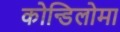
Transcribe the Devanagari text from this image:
कोन्डिलोमा